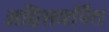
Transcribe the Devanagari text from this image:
अग्निसमर्पित